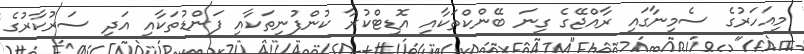
މިއަހަރުގެ ސެމިނާގައި ރާއްޖޭގެ ގިނަ ބޭންކްތަކާއި އޮޑިޓްކުރާ ކުންފުނިތަކާއި ފަންޑުތަކާއި އަދި ސަރުކާރުގެ